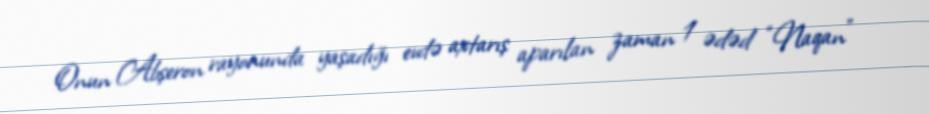
Onun Abşeron rayonunda yaşadığı evdə axtarış aparılan zaman 1 ədəd “Naqan”